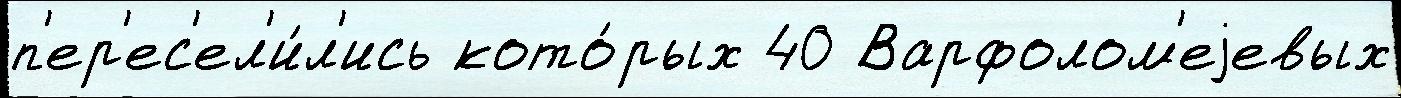
п'ер'ес'ел'и́л'ись кото́рых 40 Варфолом'еjевых